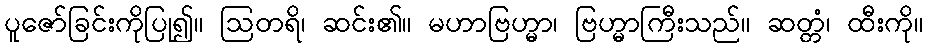
ပူဇော်ခြင်းကိုပြု၍။ ဩတရိ၊ ဆင်း၏။ မဟာဗြဟ္မာ၊ ဗြဟ္မာကြီးသည်။ ဆတ္တံ၊ ထီးကို။